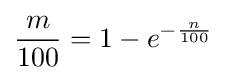
{\frac {m}{100}}=1-e^{-{\frac {n}{100}}}